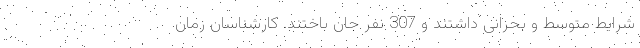
شرایط متوسط و بحرانی داشتند و 307 نفر جان باختند. کارشناسان زمان